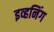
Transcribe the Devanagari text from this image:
इव्हनिंग